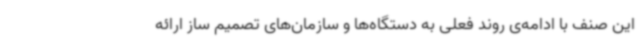
این صنف با ادامه‌ی روند فعلی به دستگاه‌ها و سازمان‌های تصمیم ساز ارائه